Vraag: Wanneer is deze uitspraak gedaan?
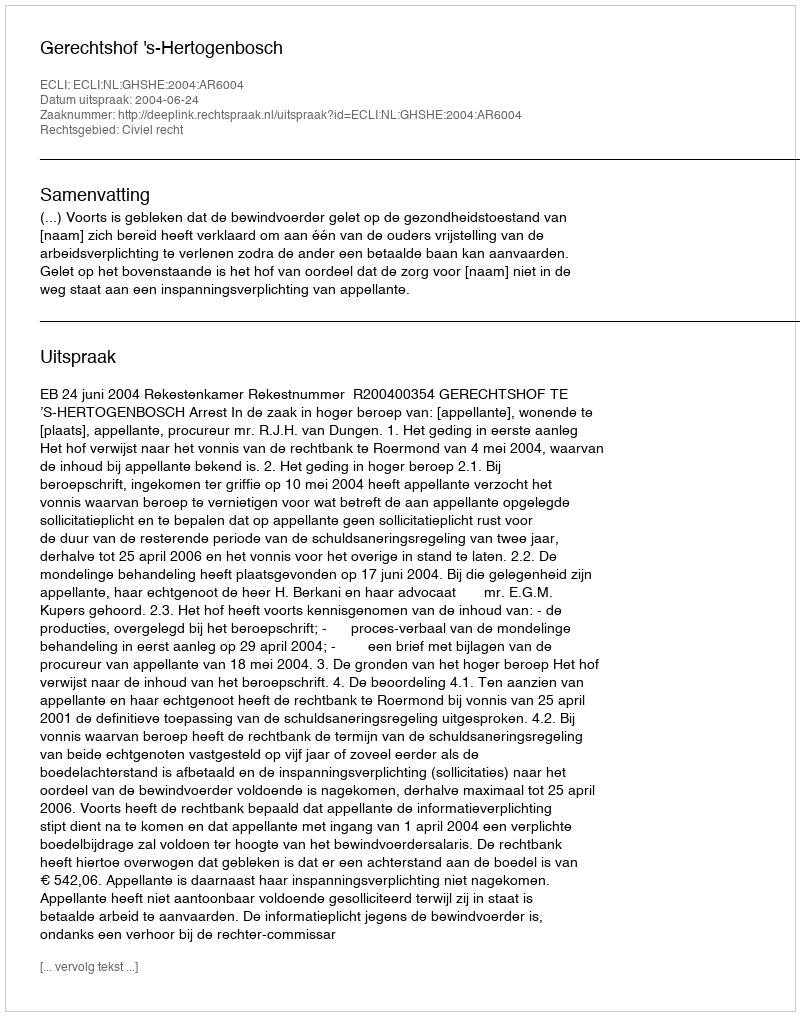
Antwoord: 2004-06-24